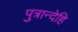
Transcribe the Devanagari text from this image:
पुत्रान्देहि